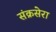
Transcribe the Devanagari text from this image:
संक्रसेरा